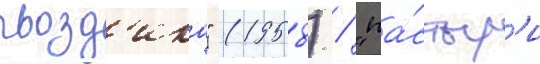
гвозд'ика" (1958) / "па́стыр'и